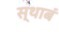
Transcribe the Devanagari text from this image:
स्थाबं